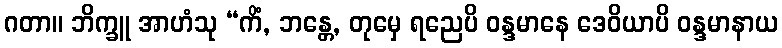
ဂတာ။ ဘိက္ခူ အာဟံသု “ကိံ, ဘန္တေ, တုမှေ ရညေပိ ဝန္ဒမာနေ ဒေဝိယာပိ ဝန္ဒမာနာယ